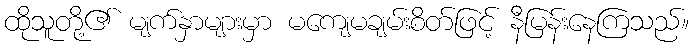
ထိုသူတို့၏ မျက်နှာများမှာ မကျေမချမ်းစိတ်ဖြင့် နီမြန်းနေကြသည်။